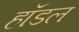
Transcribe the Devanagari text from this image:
हॉडल